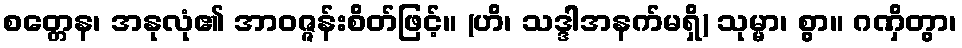
စတ္တေန၊ အနုလုံ၏ အာဝဇ္ဇန်းစိတ်ဖြင့်။ (ဟိ၊ သဒ္ဒါအနက်မရှိ) သုမ္မာ၊ စွာ။ ဂဏှိတွာ၊